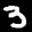
Label: 3